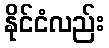
နိုင်ငံလည်း